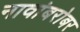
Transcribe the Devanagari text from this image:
नावांबरोबर